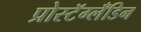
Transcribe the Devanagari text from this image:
प्रोस्टॅग्लँडिन